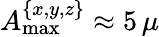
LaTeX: A_{\mathrm{max}}^{\{ x,y,z\} }\approx 5\, \mu